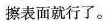
擦表面就行了。